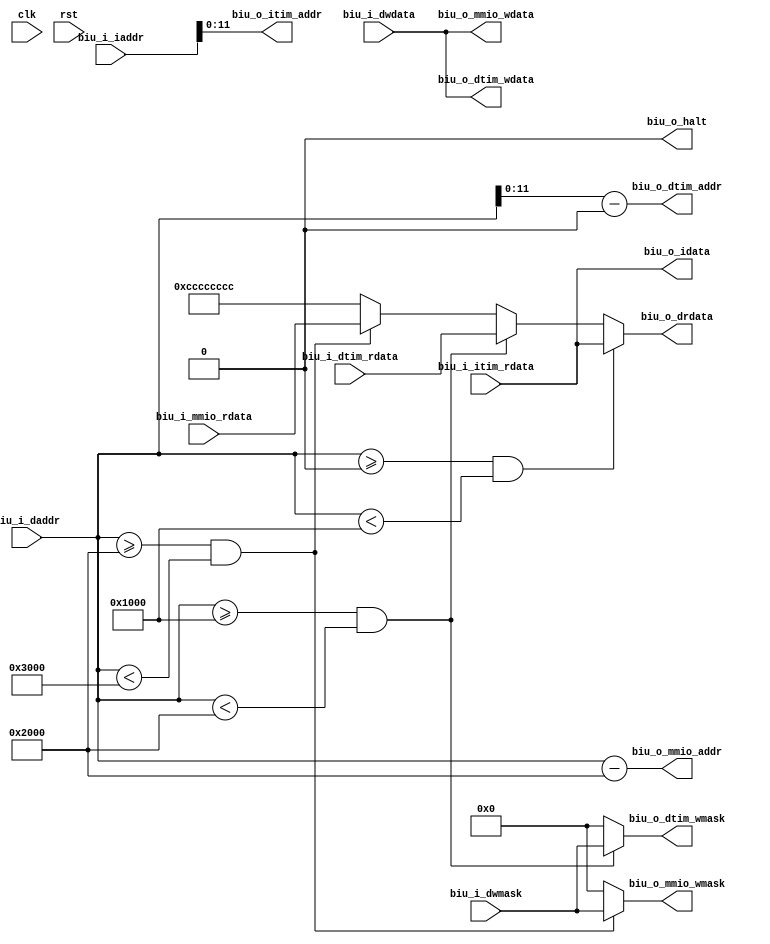

module biu (
  input  clk,
  input  rst,
  
  output        biu_o_halt,

  input  [31:0] biu_i_iaddr,
  output [31:0] biu_o_idata,

  input  [31:0] biu_i_daddr,
  input  [3:0]  biu_i_dwmask,
  input  [31:0] biu_i_dwdata,
  output [31:0] biu_o_drdata,

  output [11:0] biu_o_itim_addr,
  input  [31:0] biu_i_itim_rdata,

  output [11:0] biu_o_dtim_addr,
  output [3:0]  biu_o_dtim_wmask,
  output [31:0] biu_o_dtim_wdata,
  input  [31:0] biu_i_dtim_rdata,
  
  output [31:0] biu_o_mmio_addr,
  output [3:0]  biu_o_mmio_wmask,
  output [31:0] biu_o_mmio_wdata,
  input  [31:0] biu_i_mmio_rdata
);

  wire is_itim_addr = ((biu_i_daddr >= 'h0000_0000) && (biu_i_daddr < 'h0000_1000));
  wire is_dtim_addr = ((biu_i_daddr >= 'h0000_1000) && (biu_i_daddr < 'h0000_2000));
  wire is_mmio_addr = ((biu_i_daddr >= 'h0000_2000) && (biu_i_daddr < 'h0000_3000));

  assign biu_o_halt = 'b0;
  
  assign biu_o_itim_addr = biu_i_iaddr[11:0];
  assign biu_o_idata = biu_i_itim_rdata;

  assign biu_o_dtim_addr = biu_i_daddr[11:0] - 'h0000_1000;
  assign biu_o_dtim_wmask = is_dtim_addr ? biu_i_dwmask : 'b0000;
  assign biu_o_dtim_wdata = biu_i_dwdata;
  
  assign biu_o_mmio_addr = biu_i_daddr - 'h0000_2000;
  assign biu_o_mmio_wmask = is_mmio_addr ? biu_i_dwmask : 'b0000;
  assign biu_o_mmio_wdata = biu_i_dwdata;
  
  assign biu_o_drdata = is_itim_addr ? biu_i_itim_rdata :
                        is_dtim_addr ? biu_i_dtim_rdata :
                        is_mmio_addr ? biu_i_mmio_rdata :
                        'hCCCC_CCCC;

endmodule